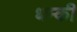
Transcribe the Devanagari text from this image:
धम्की